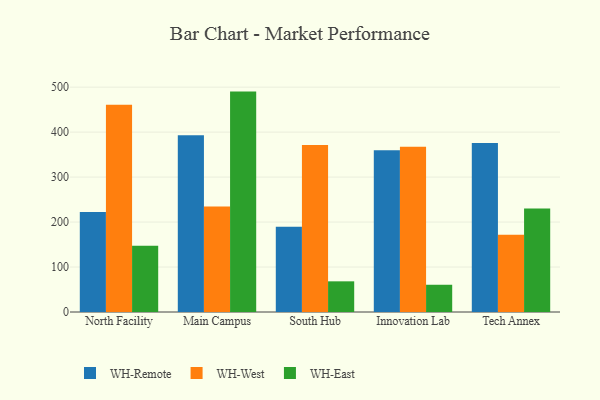
{"axis": {"x": "Campus", "y": "Backlog"}, "legend": ["WH-East", "WH-Remote", "WH-West"], "data": [{"x": "North Facility", "y": 222.1, "type": "WH-Remote"}, {"x": "North Facility", "y": 460.6, "type": "WH-West"}, {"x": "North Facility", "y": 147.4, "type": "WH-East"}, {"x": "Main Campus", "y": 393.0, "type": "WH-Remote"}, {"x": "Main Campus", "y": 234.5, "type": "WH-West"}, {"x": "Main Campus", "y": 490.1, "type": "WH-East"}, {"x": "South Hub", "y": 189.5, "type": "WH-Remote"}, {"x": "South Hub", "y": 371.2, "type": "WH-West"}, {"x": "South Hub", "y": 68.2, "type": "WH-East"}, {"x": "Innovation Lab", "y": 359.5, "type": "WH-Remote"}, {"x": "Innovation Lab", "y": 367.4, "type": "WH-West"}, {"x": "Innovation Lab", "y": 60.6, "type": "WH-East"}, {"x": "Tech Annex", "y": 375.9, "type": "WH-Remote"}, {"x": "Tech Annex", "y": 171.6, "type": "WH-West"}, {"x": "Tech Annex", "y": 230.2, "type": "WH-East"}]}